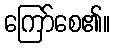
ကြော်စေ၏။